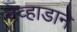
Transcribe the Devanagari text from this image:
नेव्हाडाने